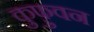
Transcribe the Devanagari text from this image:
कुफ़ुवन